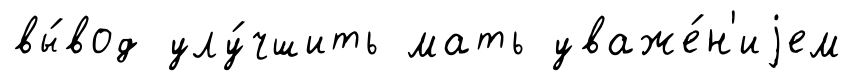
вы́вод улу́чшить мать уваже́н'иjем